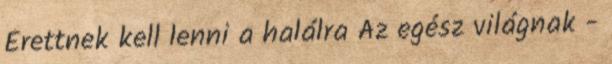
Érettnek kell lenni a halálra Az egész világnak -